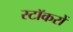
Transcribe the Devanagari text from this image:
स्टॉकरों